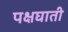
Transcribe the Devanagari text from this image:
पक्षघाती